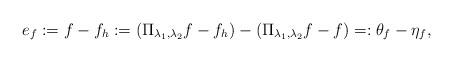
LaTeX: \begin{align*}e_f := f - f_h := \left(\Pi_{\lambda_1,\lambda_2}f - f_h\right) - \left(\Pi_{\lambda_1,\lambda_2}f - f\right) =: \theta_f - \eta_f,\end{align*}